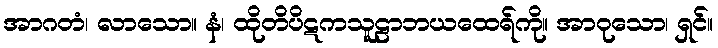
အာဂတံ၊ လာသော။ နံ၊ ထိုတိပိဋကသူဠာဘယထေရ်ကို။ အာဝုသော၊ ရှင်။